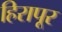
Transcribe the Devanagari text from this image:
हिरापूर